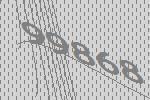
99868